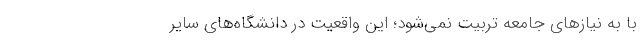
با به نیاز‌های جامعه تربیت نمی‌شود؛ این واقعیت در دانشگاه‌های سایر